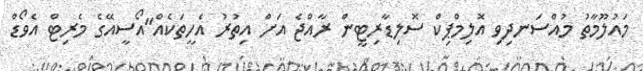
މައުލޫމާތު މުއްސަނދިވި އޮލިމްޕިކް ސޮލިޑާރިޓީން ރާއްޖެ އަށް އިތުރު އެހީތަކެއް"އޯސީއޭގެ މެރިޓް އެވޯޑް